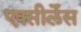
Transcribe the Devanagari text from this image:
एक्सीलेँस